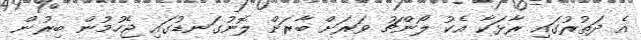
އެ ދަތުރުގައި ރާޅަކާ އެކު ލޯންޗު ވަރަށް ބާރަށް ލޮނުގަނޑުގައި ޖެހުމުން ބިރުން